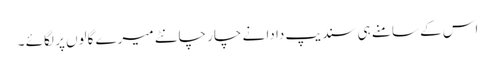
اس کے سامنے ہی سندیپ دا دا نے چار چانٹے میرے گالوں پر لگائے ۔